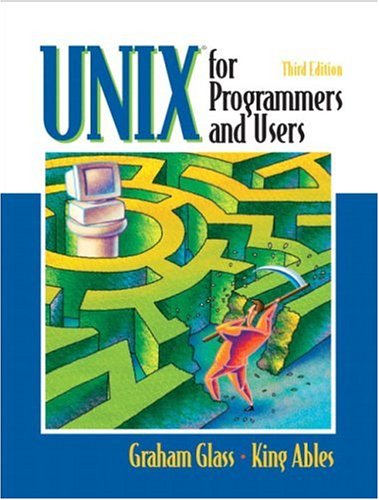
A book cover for UNIX for Programmers and Users (3rd Edition); Graham Glass; Computers & Technology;